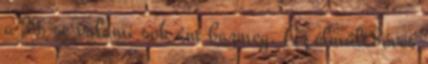
a 3% se valami sok ám bazmeg. Az elmúlt8éves